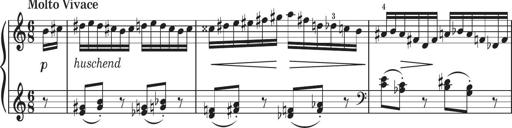
Title: Sonatine in 3 SÃ¤tzen
Composer: Gertrud Schweizer